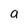
Character: a